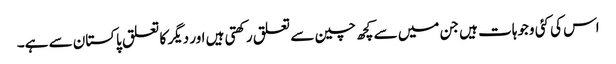
اس کی کئی وجوہات ہیں جن میں سے کچھ چین سے تعلق رکھتی ہیں اور دیگر کا تعلق پاکستان سے ہے۔